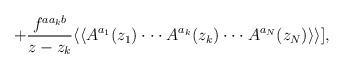
LaTeX: \begin{align*}+{f^{aa_kb}\over z-z_k}\langle\langle A^{a_1}(z_1)\cdot\cdot\cdot A^{a_k}(z_k)\cdot\cdot\cdot A^{a_N}(z_N)\rangle\rangle],\end{align*}